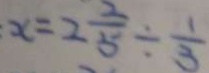
x = 2 \frac { 3 } { 5 } \div \frac { 1 } { 3 }